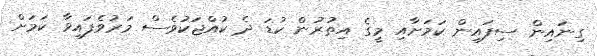
ގިނައިން ސިފައިން ކަމަށާއި މީގެ އިތުރުން ކުޑަ ދެ ކުއްޖަކުވެސް މަރުވެފައިވާ ކަމަށް